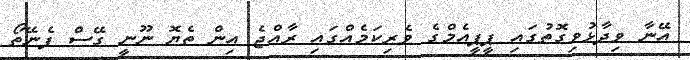
އޭނާ ވިދާޅުވިގޮތުގައި ޕީޕީއެމްގެ ވެރިކަމެއްގައި ރާއްޖެ އިން ތެޔޮ ނޫނީ ގޭސް ފެނޭތޯ